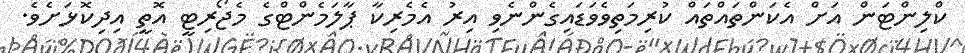
ކްލިންޓަން އަށް އެކަންތައްތައް ކުރިމަތިވެވަޑައިގެންނެވި އިރު އެމެރިކާ ޕާލަމެންޓްގެ މެޖޯރިޓީ އޮތީ އިދިކޮޅަށެވެ.